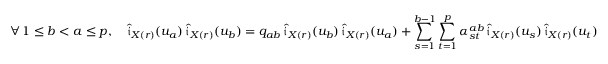
\forall \, 1 \leq b < a \leq p , \quad \widehat { \mathfrak { i } } _ { X ( r ) } ( u _ { a } ) \, \widehat { \mathfrak { i } } _ { X ( r ) } ( u _ { b } ) = q _ { a b } \, \widehat { \mathfrak { i } } _ { X ( r ) } ( u _ { b } ) \, \widehat { \mathfrak { i } } _ { X ( r ) } ( u _ { a } ) + \sum _ { s = 1 } ^ { b - 1 } \sum _ { t = 1 } ^ { p } \alpha _ { s t } ^ { a b } \, \widehat { \mathfrak { i } } _ { X ( r ) } ( u _ { s } ) \, \widehat { \mathfrak { i } } _ { X ( r ) } ( u _ { t } )